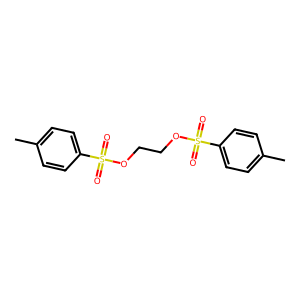
SMILES: Cc1ccc(S(=O)(=O)OCCOS(=O)(=O)c2ccc(C)cc2)cc1
Inhibits HIV replication: No